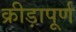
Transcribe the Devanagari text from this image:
क्रीड़ापूर्ण